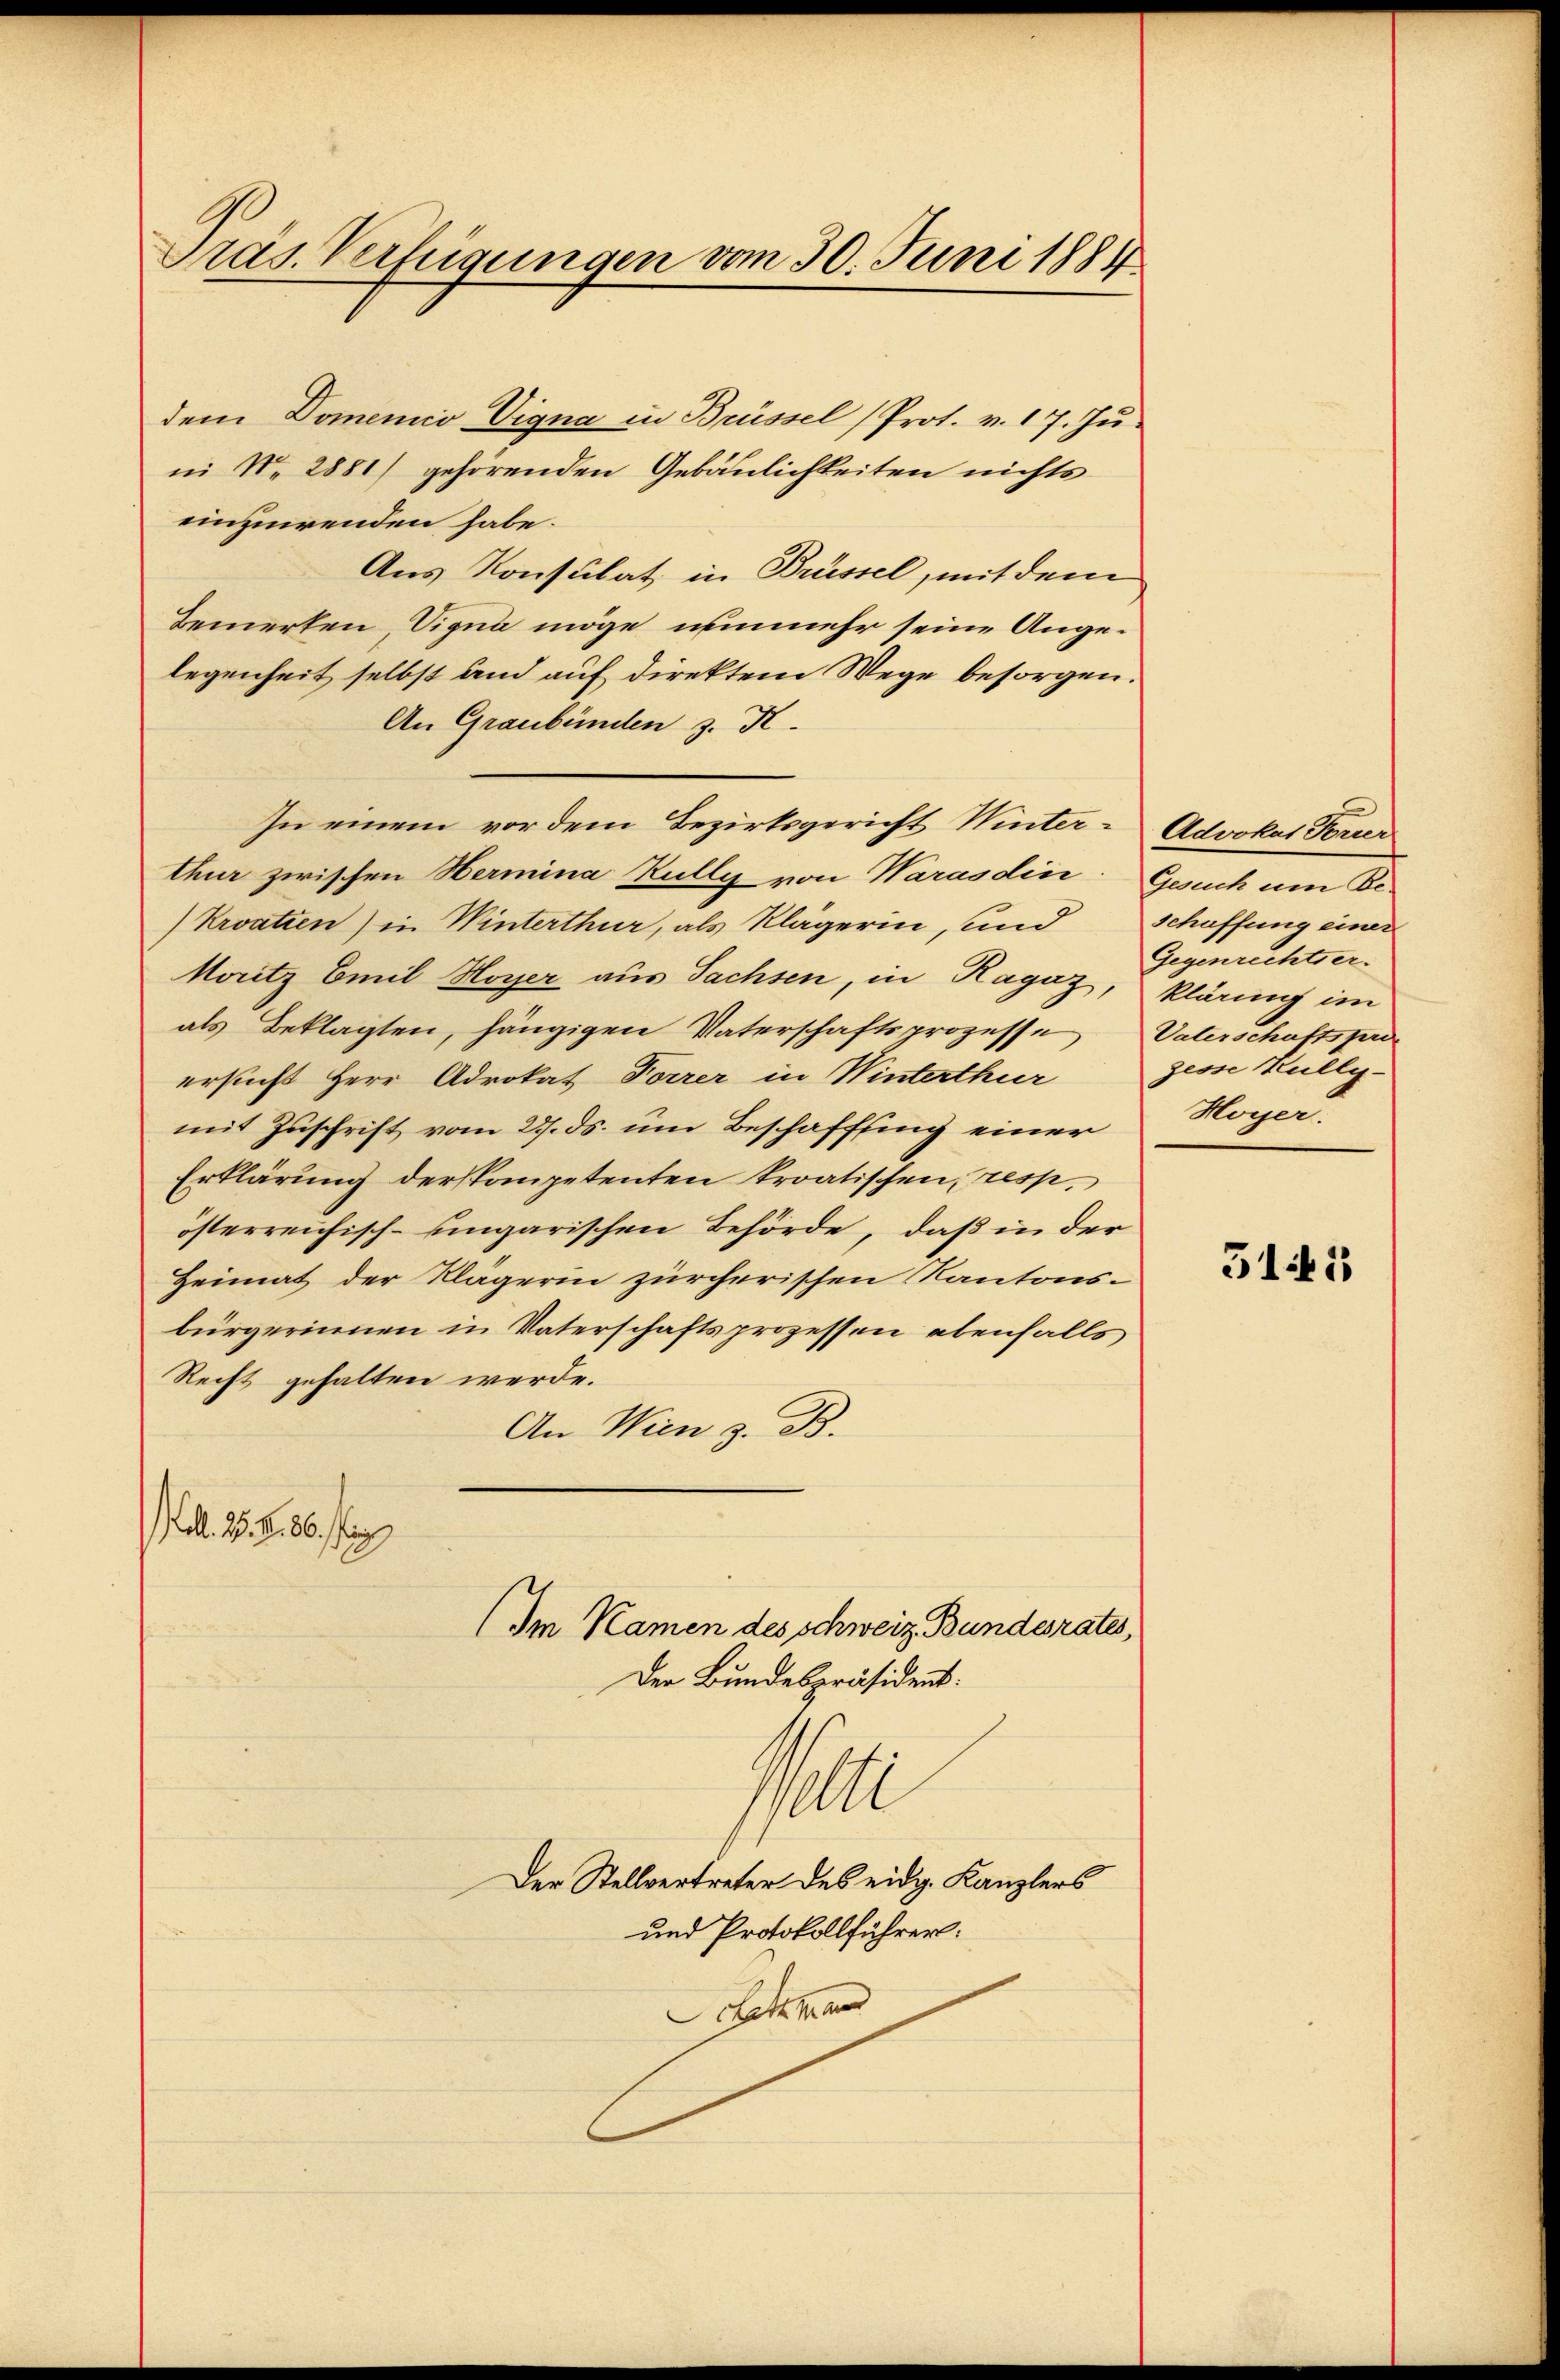
Pras. Verfügungen vom 30. Juni 1884

dem Domenio Vigna in Brüssel (Prot. v. 17. Ju
ii No 2881) gehörenden Gebäulichkeiten nichts
einzuwenden habe.
Aus Konsulat in Brüssel, mit dem
Demerken, Signa möge, nunmehr seine Angelegenheit selbst und auf direktem Wege besorgen.
An Graubünden z. K.
In einem vor dem Bezirksgericht Winter-Advokat Torier
thur zwischen Hermina Kully von Warasdin. Gesuch um Be-
Kroatien) in Winterthur, als Klägerin, und Schaffung einer
Moritz Emil Hoyer aus Sachsen, in Ragaz, klärung im
als Beklagten, hängigen Vaterschaftsprozesse Vaterschaftspri
ersucht Herr Advokat Forrer in Winterthur
mit Zuschrift vom 27. ds. um Beschaffung einer Hoyer.
Erklärung derskompetenten kroatischen, resp.
österreichisch-ungarischen Behörde, daß in der
Heimat der Klägerin zürcherischen Kantonsbürgerinnen in Vaterschaftsprozessen ebenfalls
Recht gehalten werde.
An Wien z. B.
oll. 25. No. 86.

(Im Namen des schweiz. Bundesrates,
Der Bundespräsident:
pelte
Der Stellvertreter des eidg. Kanzlers
und Protokollführer:
Betzhand

Gegenrechtserzesse Kully¬

511